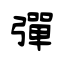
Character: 彈